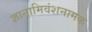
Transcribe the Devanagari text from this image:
ज्ञानामिवंशनामक